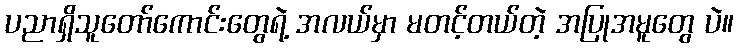
ပညာရှိသူတော်ကောင်းတွေရဲ့ အလယ်မှာ မတင့်တယ်တဲ့ အပြုအမူတွေ ပဲ။